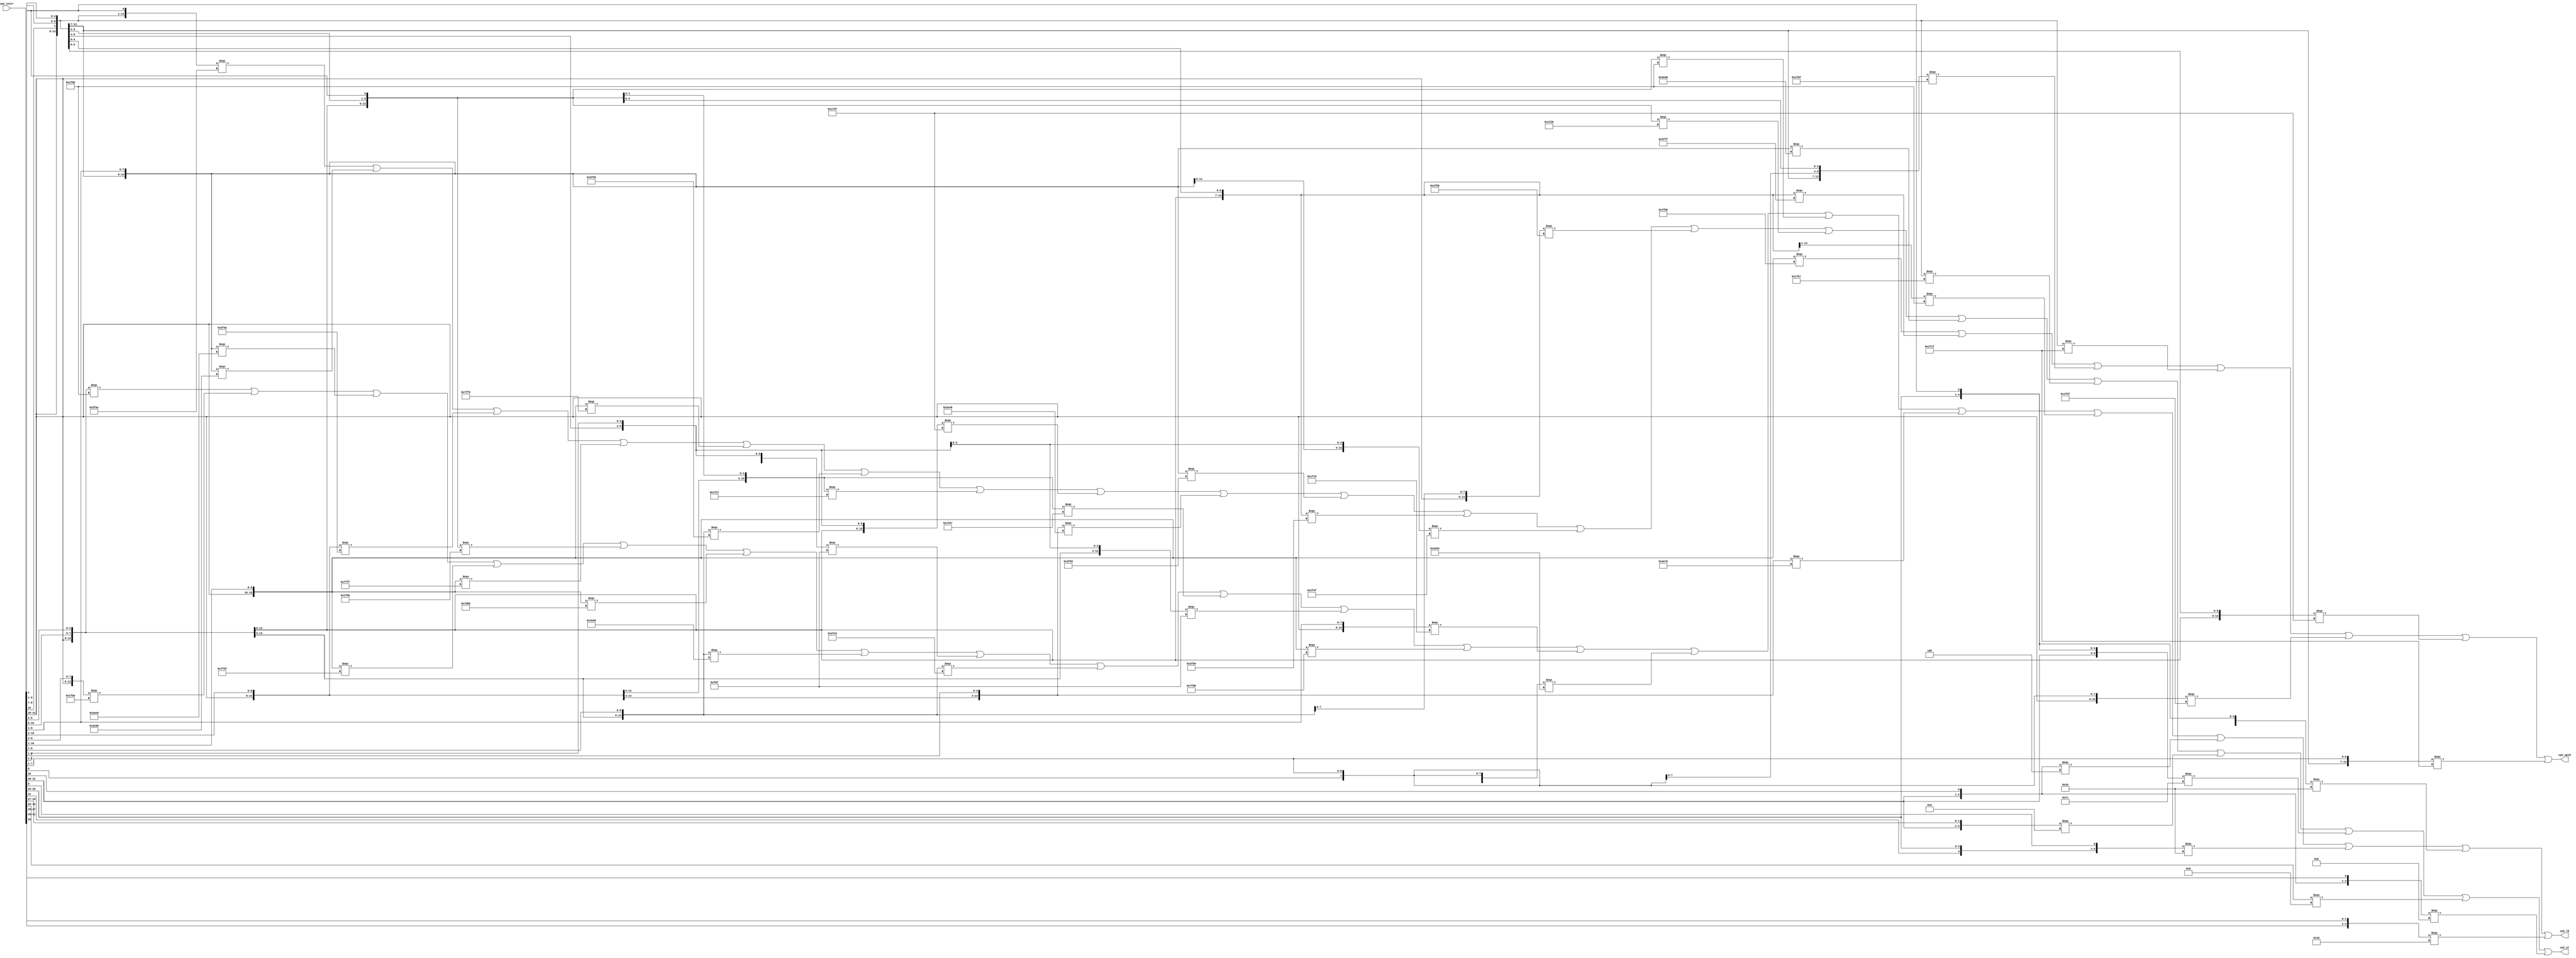
//  IBM Corp. 2020
// Licensed under the Apache License, Version 2.0 (the "License"), as modified by
// the terms below; you may not use the files in this repository except in
// compliance with the License as modified.
// You may obtain a copy of the License at http://www.apache.org/licenses/LICENSE-2.0
//
// Modified Terms:
//
//    1) For the purpose of the patent license granted to you in Section 3 of the
//    License, the "Work" hereby includes implementations of the work of authorship
//    in physical form.
//
//    2) Notwithstanding any terms to the contrary in the License, any licenses
//    necessary for implementation of the Work that are available from OpenPOWER
//    via the Power ISA End User License Agreement (EULA) are explicitly excluded
//    hereunder, and may be obtained from OpenPOWER under the terms and conditions
//    of the EULA.  
//
// Unless required by applicable law or agreed to in writing, the reference design
// distributed under the License is distributed on an "AS IS" BASIS, WITHOUT
// WARRANTIES OR CONDITIONS OF ANY KIND, either express or implied. See the License
// for the specific language governing permissions and limitations under the License.
// 
// Additional rights, including the ability to physically implement a softcore that
// is compliant with the required sections of the Power ISA Specification, are
// available at no cost under the terms of the OpenPOWER Power ISA EULA, which can be
// obtained (along with the Power ISA) here: https://openpowerfoundation.org. 

`timescale 1 ns / 1 ns

// VHDL 1076 Macro Expander C version 07/11/00
// job was run on Tue Feb  1 10:11:27 2011

//********************************************************************
//*
//* TITLE:
//*
//* NAME: iuq_cpl_dec.v
//*
//*********************************************************************
module iuq_cpl_dec(
   input [0:31] cp2_instr,
   output       cp2_ld,
   output       cp2_st,
   output       cp2_epid);

   wire [1:7]   TBL_EPID_DEC_PT;
   wire [1:41]  TBL_LD_ST_PT;
   //@@ START OF EXECUTABLE CODE FOR IUQ_CPL_DEC
   //
   // Final Table Listing
   //      *INPUTS*=============*OUTPUTS*=====*
   //      |                    |             |
   //      | cp2_instr          | cp2_epid    |
   //      | |      cp2_instr   | |           |
   //      | |      |           | |           |
   //      | 000000 2222222223  | |           |
   //      | 012345 1234567890  | |           |
   //      *TYPE*===============+=============+
   //      | PPPPPP PPPPPPPPPP  | P           |
   //      *POLARITY*---------->| +           |
   //      *PHASE*------------->| T           |
   //      *TERMS*==============+=============+
   //    1 | 011111 1110110110  | 1           |
   //    2 | 011111 1111-11111  | 1           |
   //    3 | 011111 00-00111-1  | 1           |
   //    4 | 011111 0-00-11111  | 1           |
   //    5 | 011111 -0-1011111  | 1           |
   //    6 | 011111 00-1-11111  | 1           |
   //    7 | 011111 0--0011111  | 1           |
   //      *==================================*
   //
   // Table TBL_EPID_DEC Signal Assignments for Product Terms
   assign TBL_EPID_DEC_PT[1] = (({cp2_instr[00], cp2_instr[01], cp2_instr[02], cp2_instr[03], cp2_instr[04], cp2_instr[05], cp2_instr[21], cp2_instr[22], cp2_instr[23], cp2_instr[24], cp2_instr[25], cp2_instr[26], cp2_instr[27], cp2_instr[28], cp2_instr[29], cp2_instr[30]}) === 16'b0111111110110110);
   assign TBL_EPID_DEC_PT[2] = (({cp2_instr[00], cp2_instr[01], cp2_instr[02], cp2_instr[03], cp2_instr[04], cp2_instr[05], cp2_instr[21], cp2_instr[22], cp2_instr[23], cp2_instr[24], cp2_instr[26], cp2_instr[27], cp2_instr[28], cp2_instr[29], cp2_instr[30]}) === 15'b011111111111111);
   assign TBL_EPID_DEC_PT[3] = (({cp2_instr[00], cp2_instr[01], cp2_instr[02], cp2_instr[03], cp2_instr[04], cp2_instr[05], cp2_instr[21], cp2_instr[22], cp2_instr[24], cp2_instr[25], cp2_instr[26], cp2_instr[27], cp2_instr[28], cp2_instr[30]}) === 14'b01111100001111);
   assign TBL_EPID_DEC_PT[4] = (({cp2_instr[00], cp2_instr[01], cp2_instr[02], cp2_instr[03], cp2_instr[04], cp2_instr[05], cp2_instr[21], cp2_instr[23], cp2_instr[24], cp2_instr[26], cp2_instr[27], cp2_instr[28], cp2_instr[29], cp2_instr[30]}) === 14'b01111100011111);
   assign TBL_EPID_DEC_PT[5] = (({cp2_instr[00], cp2_instr[01], cp2_instr[02], cp2_instr[03], cp2_instr[04], cp2_instr[05], cp2_instr[22], cp2_instr[24], cp2_instr[25], cp2_instr[26], cp2_instr[27], cp2_instr[28], cp2_instr[29], cp2_instr[30]}) === 14'b01111101011111);
   assign TBL_EPID_DEC_PT[6] = (({cp2_instr[00], cp2_instr[01], cp2_instr[02], cp2_instr[03], cp2_instr[04], cp2_instr[05], cp2_instr[21], cp2_instr[22], cp2_instr[24], cp2_instr[26], cp2_instr[27], cp2_instr[28], cp2_instr[29], cp2_instr[30]}) === 14'b01111100111111);
   assign TBL_EPID_DEC_PT[7] = (({cp2_instr[00], cp2_instr[01], cp2_instr[02], cp2_instr[03], cp2_instr[04], cp2_instr[05], cp2_instr[21], cp2_instr[24], cp2_instr[25], cp2_instr[26], cp2_instr[27], cp2_instr[28], cp2_instr[29], cp2_instr[30]}) === 14'b01111100011111);

   // Table TBL_EPID_DEC Signal Assignments for Outputs
   assign cp2_epid = (TBL_EPID_DEC_PT[1] | TBL_EPID_DEC_PT[2] | TBL_EPID_DEC_PT[3] | TBL_EPID_DEC_PT[4] | TBL_EPID_DEC_PT[5] | TBL_EPID_DEC_PT[6] | TBL_EPID_DEC_PT[7]);
   //
   // Final Table Listing
   //      *INPUTS*===========================*OUTPUTS*============*
   //      |                                  |                    |
   //      | cp2_instr                        |                    |
   //      | |      cp2_instr                 |                    |
   //      | |      | cp2_instr               |                    |
   //      | |      | |          cp2_instr    |                    |
   //      | |      | |          |            | cp2_ld             |
   //      | |      | |          |            | | cp2_st           |
   //      | 000000 0 2222222223 33           | | |                |
   //      | 012345 9 1234567890 01           | | |                |
   //      *TYPE*=============================+====================+
   //      | PPPPPP P PPPPPPPPPP PP           | P P                |
   //      *POLARITY*------------------------>| + +                |
   //      *PHASE*--------------------------->| T T                |
   //      *TERMS*============================+====================+
   //    1 | 011111 - 1-10-10110 0-           | . 1                |
   //    2 | 011111 - 000-01011- --           | 1 .                |
   //    3 | 011111 - 0-1001011- 0-           | . 1                |
   //    4 | 011111 - 101001010- --           | . 1                |
   //    5 | 011111 - -00001010- --           | 1 .                |
   //    6 | 011111 - 1111111111 --           | . 1                |
   //    7 | 011111 - 0-11100110 --           | 1 .                |
   //    8 | 011111 - 1111110110 --           | . 1                |
   //    9 | 011111 - 1111011111 --           | 1 .                |
   //   10 | 011111 - 0101-101-1 --           | 1 .                |
   //   11 | 011111 - 101-010101 --           | . 1                |
   //   12 | 011111 - 0110000110 --           | 1 .                |
   //   13 | 011111 - 001-100110 --           | 1 .                |
   //   14 | 011111 - 0-00-1-111 --           | 1 .                |
   //   15 | 011111 - 001001-1-1 --           | . 1                |
   //   16 | 011111 - 0011-1-111 --           | . 1                |
   //   17 | 011111 - 100-010101 --           | 1 .                |
   //   18 | 011111 - 00100-0110 --           | . 1                |
   //   19 | 011111 - 000001-1-1 --           | 1 .                |
   //   20 | 011111 - 000--1-111 --           | 1 .                |
   //   21 | 011111 - 1-10010110 --           | . 1                |
   //   22 | 011111 - 1010-10110 --           | . 1                |
   //   23 | 011111 - 1111010110 --           | 1 .                |
   //   24 | 011111 - 0-1001-111 --           | . 1                |
   //   25 | 011111 - --00010110 --           | 1 .                |
   //   26 | 011111 - -01-010110 --           | . 1                |
   //   27 | 011111 - 0010-101-1 --           | . 1                |
   //   28 | 011111 - 00-1010100 --           | 1 .                |
   //   29 | 011111 - 0000-101-1 --           | 1 .                |
   //   30 | 011111 - 0-11010110 --           | . 1                |
   //   31 | 011111 - 0-10-10111 --           | . 1                |
   //   32 | 011111 - 00111-0110 --           | 1 .                |
   //   33 | 011111 - 0000-1011- --           | 1 .                |
   //   34 | 10-0-- - ---------- --           | 1 .                |
   //   35 | 1-1010 - ---------- -0           | 1 .                |
   //   36 | 1-1010 - ---------- 0-           | 1 .                |
   //   37 | 10-10- - ---------- --           | . 1                |
   //   38 | 111110 - ---------- 0-           | . 1                |
   //   39 | 1001-- - ---------- --           | . 1                |
   //   40 | 101-10 - ---------- --           | 1 .                |
   //   41 | 10-1-1 - ---------- --           | . 1                |
   //      *=======================================================*
   //
   // Table TBL_LD_ST Signal Assignments for Product Terms
   assign TBL_LD_ST_PT[1] = (({cp2_instr[00], cp2_instr[01], cp2_instr[02], cp2_instr[03], cp2_instr[04], cp2_instr[05], cp2_instr[21], cp2_instr[23], cp2_instr[24], cp2_instr[26], cp2_instr[27], cp2_instr[28], cp2_instr[29], cp2_instr[30], cp2_instr[30]}) === 15'b011111110101100);
   assign TBL_LD_ST_PT[2] = (({cp2_instr[00], cp2_instr[01], cp2_instr[02], cp2_instr[03], cp2_instr[04], cp2_instr[05], cp2_instr[21], cp2_instr[22], cp2_instr[23], cp2_instr[25], cp2_instr[26], cp2_instr[27], cp2_instr[28], cp2_instr[29]}) === 14'b01111100001011);
   assign TBL_LD_ST_PT[3] = (({cp2_instr[00], cp2_instr[01], cp2_instr[02], cp2_instr[03], cp2_instr[04], cp2_instr[05], cp2_instr[21], cp2_instr[23], cp2_instr[24], cp2_instr[25], cp2_instr[26], cp2_instr[27], cp2_instr[28], cp2_instr[29], cp2_instr[30]}) === 15'b011111010010110);
   assign TBL_LD_ST_PT[4] = (({cp2_instr[00], cp2_instr[01], cp2_instr[02], cp2_instr[03], cp2_instr[04], cp2_instr[05], cp2_instr[21], cp2_instr[22], cp2_instr[23], cp2_instr[24], cp2_instr[25], cp2_instr[26], cp2_instr[27], cp2_instr[28], cp2_instr[29]}) === 15'b011111101001010);
   assign TBL_LD_ST_PT[5] = (({cp2_instr[00], cp2_instr[01], cp2_instr[02], cp2_instr[03], cp2_instr[04], cp2_instr[05], cp2_instr[22], cp2_instr[23], cp2_instr[24], cp2_instr[25], cp2_instr[26], cp2_instr[27], cp2_instr[28], cp2_instr[29]}) === 14'b01111100001010);
   assign TBL_LD_ST_PT[6] = (({cp2_instr[00], cp2_instr[01], cp2_instr[02], cp2_instr[03], cp2_instr[04], cp2_instr[05], cp2_instr[21], cp2_instr[22], cp2_instr[23], cp2_instr[24], cp2_instr[25], cp2_instr[26], cp2_instr[27], cp2_instr[28], cp2_instr[29], cp2_instr[30]}) === 16'b0111111111111111);
   assign TBL_LD_ST_PT[7] = (({cp2_instr[00], cp2_instr[01], cp2_instr[02], cp2_instr[03], cp2_instr[04], cp2_instr[05], cp2_instr[21], cp2_instr[23], cp2_instr[24], cp2_instr[25], cp2_instr[26], cp2_instr[27], cp2_instr[28], cp2_instr[29], cp2_instr[30]}) === 15'b011111011100110);
   assign TBL_LD_ST_PT[8] = (({cp2_instr[00], cp2_instr[01], cp2_instr[02], cp2_instr[03], cp2_instr[04], cp2_instr[05], cp2_instr[21], cp2_instr[22], cp2_instr[23], cp2_instr[24], cp2_instr[25], cp2_instr[26], cp2_instr[27], cp2_instr[28], cp2_instr[29], cp2_instr[30]}) === 16'b0111111111110110);
   assign TBL_LD_ST_PT[9] = (({cp2_instr[00], cp2_instr[01], cp2_instr[02], cp2_instr[03], cp2_instr[04], cp2_instr[05], cp2_instr[21], cp2_instr[22], cp2_instr[23], cp2_instr[24], cp2_instr[25], cp2_instr[26], cp2_instr[27], cp2_instr[28], cp2_instr[29], cp2_instr[30]}) === 16'b0111111111011111);
   assign TBL_LD_ST_PT[10] = (({cp2_instr[00], cp2_instr[01], cp2_instr[02], cp2_instr[03], cp2_instr[04], cp2_instr[05], cp2_instr[21], cp2_instr[22], cp2_instr[23], cp2_instr[24], cp2_instr[26], cp2_instr[27], cp2_instr[28], cp2_instr[30]}) === 14'b01111101011011);
   assign TBL_LD_ST_PT[11] = (({cp2_instr[00], cp2_instr[01], cp2_instr[02], cp2_instr[03], cp2_instr[04], cp2_instr[05], cp2_instr[21], cp2_instr[22], cp2_instr[23], cp2_instr[25], cp2_instr[26], cp2_instr[27], cp2_instr[28], cp2_instr[29], cp2_instr[30]}) === 15'b011111101010101);
   assign TBL_LD_ST_PT[12] = (({cp2_instr[00], cp2_instr[01], cp2_instr[02], cp2_instr[03], cp2_instr[04], cp2_instr[05], cp2_instr[21], cp2_instr[22], cp2_instr[23], cp2_instr[24], cp2_instr[25], cp2_instr[26], cp2_instr[27], cp2_instr[28], cp2_instr[29], cp2_instr[30]}) === 16'b0111110110000110);
   assign TBL_LD_ST_PT[13] = (({cp2_instr[00], cp2_instr[01], cp2_instr[02], cp2_instr[03], cp2_instr[04], cp2_instr[05], cp2_instr[21], cp2_instr[22], cp2_instr[23], cp2_instr[25], cp2_instr[26], cp2_instr[27], cp2_instr[28], cp2_instr[29], cp2_instr[30]}) === 15'b011111001100110);
   assign TBL_LD_ST_PT[14] = (({cp2_instr[00], cp2_instr[01], cp2_instr[02], cp2_instr[03], cp2_instr[04], cp2_instr[05], cp2_instr[21], cp2_instr[23], cp2_instr[24], cp2_instr[26], cp2_instr[28], cp2_instr[29], cp2_instr[30]}) === 13'b0111110001111);
   assign TBL_LD_ST_PT[15] = (({cp2_instr[00], cp2_instr[01], cp2_instr[02], cp2_instr[03], cp2_instr[04], cp2_instr[05], cp2_instr[21], cp2_instr[22], cp2_instr[23], cp2_instr[24], cp2_instr[25], cp2_instr[26], cp2_instr[28], cp2_instr[30]}) === 14'b01111100100111);
   assign TBL_LD_ST_PT[16] = (({cp2_instr[00], cp2_instr[01], cp2_instr[02], cp2_instr[03], cp2_instr[04], cp2_instr[05], cp2_instr[21], cp2_instr[22], cp2_instr[23], cp2_instr[24], cp2_instr[26], cp2_instr[28], cp2_instr[29], cp2_instr[30]}) === 14'b01111100111111);
   assign TBL_LD_ST_PT[17] = (({cp2_instr[00], cp2_instr[01], cp2_instr[02], cp2_instr[03], cp2_instr[04], cp2_instr[05], cp2_instr[21], cp2_instr[22], cp2_instr[23], cp2_instr[25], cp2_instr[26], cp2_instr[27], cp2_instr[28], cp2_instr[29], cp2_instr[30]}) === 15'b011111100010101);
   assign TBL_LD_ST_PT[18] = (({cp2_instr[00], cp2_instr[01], cp2_instr[02], cp2_instr[03], cp2_instr[04], cp2_instr[05], cp2_instr[21], cp2_instr[22], cp2_instr[23], cp2_instr[24], cp2_instr[25], cp2_instr[27], cp2_instr[28], cp2_instr[29], cp2_instr[30]}) === 15'b011111001000110);
   assign TBL_LD_ST_PT[19] = (({cp2_instr[00], cp2_instr[01], cp2_instr[02], cp2_instr[03], cp2_instr[04], cp2_instr[05], cp2_instr[21], cp2_instr[22], cp2_instr[23], cp2_instr[24], cp2_instr[25], cp2_instr[26], cp2_instr[28], cp2_instr[30]}) === 14'b01111100000111);
   assign TBL_LD_ST_PT[20] = (({cp2_instr[00], cp2_instr[01], cp2_instr[02], cp2_instr[03], cp2_instr[04], cp2_instr[05], cp2_instr[21], cp2_instr[22], cp2_instr[23], cp2_instr[26], cp2_instr[28], cp2_instr[29], cp2_instr[30]}) === 13'b0111110001111);
   assign TBL_LD_ST_PT[21] = (({cp2_instr[00], cp2_instr[01], cp2_instr[02], cp2_instr[03], cp2_instr[04], cp2_instr[05], cp2_instr[21], cp2_instr[23], cp2_instr[24], cp2_instr[25], cp2_instr[26], cp2_instr[27], cp2_instr[28], cp2_instr[29], cp2_instr[30]}) === 15'b011111110010110);
   assign TBL_LD_ST_PT[22] = (({cp2_instr[00], cp2_instr[01], cp2_instr[02], cp2_instr[03], cp2_instr[04], cp2_instr[05], cp2_instr[21], cp2_instr[22], cp2_instr[23], cp2_instr[24], cp2_instr[26], cp2_instr[27], cp2_instr[28], cp2_instr[29], cp2_instr[30]}) === 15'b011111101010110);
   assign TBL_LD_ST_PT[23] = (({cp2_instr[00], cp2_instr[01], cp2_instr[02], cp2_instr[03], cp2_instr[04], cp2_instr[05], cp2_instr[21], cp2_instr[22], cp2_instr[23], cp2_instr[24], cp2_instr[25], cp2_instr[26], cp2_instr[27], cp2_instr[28], cp2_instr[29], cp2_instr[30]}) === 16'b0111111111010110);
   assign TBL_LD_ST_PT[24] = (({cp2_instr[00], cp2_instr[01], cp2_instr[02], cp2_instr[03], cp2_instr[04], cp2_instr[05], cp2_instr[21], cp2_instr[23], cp2_instr[24], cp2_instr[25], cp2_instr[26], cp2_instr[28], cp2_instr[29], cp2_instr[30]}) === 14'b01111101001111);
   assign TBL_LD_ST_PT[25] = (({cp2_instr[00], cp2_instr[01], cp2_instr[02], cp2_instr[03], cp2_instr[04], cp2_instr[05], cp2_instr[23], cp2_instr[24], cp2_instr[25], cp2_instr[26], cp2_instr[27], cp2_instr[28], cp2_instr[29], cp2_instr[30]}) === 14'b01111100010110);
   assign TBL_LD_ST_PT[26] = (({cp2_instr[00], cp2_instr[01], cp2_instr[02], cp2_instr[03], cp2_instr[04], cp2_instr[05], cp2_instr[22], cp2_instr[23], cp2_instr[25], cp2_instr[26], cp2_instr[27], cp2_instr[28], cp2_instr[29], cp2_instr[30]}) === 14'b01111101010110);
   assign TBL_LD_ST_PT[27] = (({cp2_instr[00], cp2_instr[01], cp2_instr[02], cp2_instr[03], cp2_instr[04], cp2_instr[05], cp2_instr[21], cp2_instr[22], cp2_instr[23], cp2_instr[24], cp2_instr[26], cp2_instr[27], cp2_instr[28], cp2_instr[30]}) === 14'b01111100101011);
   assign TBL_LD_ST_PT[28] = (({cp2_instr[00], cp2_instr[01], cp2_instr[02], cp2_instr[03], cp2_instr[04], cp2_instr[05], cp2_instr[21], cp2_instr[22], cp2_instr[24], cp2_instr[25], cp2_instr[26], cp2_instr[27], cp2_instr[28], cp2_instr[29], cp2_instr[30]}) === 15'b011111001010100);
   assign TBL_LD_ST_PT[29] = (({cp2_instr[00], cp2_instr[01], cp2_instr[02], cp2_instr[03], cp2_instr[04], cp2_instr[05], cp2_instr[21], cp2_instr[22], cp2_instr[23], cp2_instr[24], cp2_instr[26], cp2_instr[27], cp2_instr[28], cp2_instr[30]}) === 14'b01111100001011);
   assign TBL_LD_ST_PT[30] = (({cp2_instr[00], cp2_instr[01], cp2_instr[02], cp2_instr[03], cp2_instr[04], cp2_instr[05], cp2_instr[21], cp2_instr[23], cp2_instr[24], cp2_instr[25], cp2_instr[26], cp2_instr[27], cp2_instr[28], cp2_instr[29], cp2_instr[30]}) === 15'b011111011010110);
   assign TBL_LD_ST_PT[31] = (({cp2_instr[00], cp2_instr[01], cp2_instr[02], cp2_instr[03], cp2_instr[04], cp2_instr[05], cp2_instr[21], cp2_instr[23], cp2_instr[24], cp2_instr[26], cp2_instr[27], cp2_instr[28], cp2_instr[29], cp2_instr[30]}) === 14'b01111101010111);
   assign TBL_LD_ST_PT[32] = (({cp2_instr[00], cp2_instr[01], cp2_instr[02], cp2_instr[03], cp2_instr[04], cp2_instr[05], cp2_instr[21], cp2_instr[22], cp2_instr[23], cp2_instr[24], cp2_instr[25], cp2_instr[27], cp2_instr[28], cp2_instr[29], cp2_instr[30]}) === 15'b011111001110110);
   assign TBL_LD_ST_PT[33] = (({cp2_instr[00], cp2_instr[01], cp2_instr[02], cp2_instr[03], cp2_instr[04], cp2_instr[05], cp2_instr[21], cp2_instr[22], cp2_instr[23], cp2_instr[24], cp2_instr[26], cp2_instr[27], cp2_instr[28], cp2_instr[29]}) === 14'b01111100001011);
   assign TBL_LD_ST_PT[34] = (({cp2_instr[00], cp2_instr[01], cp2_instr[03]}) === 3'b100);
   assign TBL_LD_ST_PT[35] = (({cp2_instr[00], cp2_instr[02], cp2_instr[03], cp2_instr[04], cp2_instr[05], cp2_instr[31]}) === 6'b110100);
   assign TBL_LD_ST_PT[36] = (({cp2_instr[00], cp2_instr[02], cp2_instr[03], cp2_instr[04], cp2_instr[05], cp2_instr[30]}) === 6'b110100);
   assign TBL_LD_ST_PT[37] = (({cp2_instr[00], cp2_instr[01], cp2_instr[03], cp2_instr[04]}) === 4'b1010);
   assign TBL_LD_ST_PT[38] = (({cp2_instr[00], cp2_instr[01], cp2_instr[02], cp2_instr[03], cp2_instr[04], cp2_instr[05], cp2_instr[30]}) === 7'b1111100);
   assign TBL_LD_ST_PT[39] = (({cp2_instr[00], cp2_instr[01], cp2_instr[02], cp2_instr[03]}) === 4'b1001);
   assign TBL_LD_ST_PT[40] = (({cp2_instr[00], cp2_instr[01], cp2_instr[02], cp2_instr[04], cp2_instr[05]}) === 5'b10110);
   assign TBL_LD_ST_PT[41] = (({cp2_instr[00], cp2_instr[01], cp2_instr[03], cp2_instr[05]}) === 4'b1011);
   // Table TBL_LD_ST Signal Assignments for Outputs
   assign cp2_ld = (TBL_LD_ST_PT[2] | TBL_LD_ST_PT[5] | TBL_LD_ST_PT[7] | TBL_LD_ST_PT[9] | TBL_LD_ST_PT[10] | TBL_LD_ST_PT[12] | TBL_LD_ST_PT[13] | TBL_LD_ST_PT[14] | TBL_LD_ST_PT[17] | TBL_LD_ST_PT[19] | TBL_LD_ST_PT[20] | TBL_LD_ST_PT[23] | TBL_LD_ST_PT[25] | TBL_LD_ST_PT[28] | TBL_LD_ST_PT[29] | TBL_LD_ST_PT[32] | TBL_LD_ST_PT[33] | TBL_LD_ST_PT[34] | TBL_LD_ST_PT[35] | TBL_LD_ST_PT[36] | TBL_LD_ST_PT[40]);
   assign cp2_st = (TBL_LD_ST_PT[1] | TBL_LD_ST_PT[3] | TBL_LD_ST_PT[4] | TBL_LD_ST_PT[6] | TBL_LD_ST_PT[8] | TBL_LD_ST_PT[11] | TBL_LD_ST_PT[15] | TBL_LD_ST_PT[16] | TBL_LD_ST_PT[18] | TBL_LD_ST_PT[21] | TBL_LD_ST_PT[22] | TBL_LD_ST_PT[24] | TBL_LD_ST_PT[26] | TBL_LD_ST_PT[27] | TBL_LD_ST_PT[30] | TBL_LD_ST_PT[31] | TBL_LD_ST_PT[37] | TBL_LD_ST_PT[38] | TBL_LD_ST_PT[39] | TBL_LD_ST_PT[41]);

endmodule